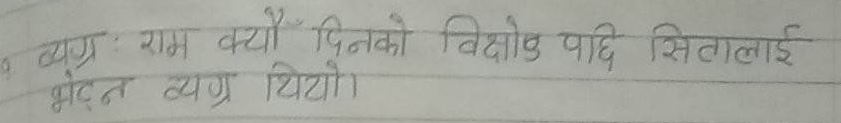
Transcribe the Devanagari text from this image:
व्यग्र: राम कयौँ दिनको विसोब पाछि सितालाई अत्यंत व्यग्र थियो।